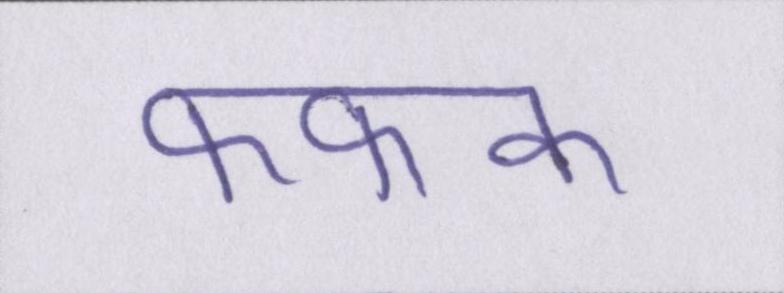
फफक